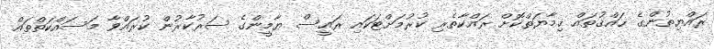
ރައްޔިތުންގެ ޙައްޤުތައް ޙިމާޔަތްކޮށް ރައްކާތެރި ކުރުމަށްޓަކައި ރައީސް ޔާމީންގެ ސަރުކާރުން ކުރައްވާ މަސައްކަތްތައް